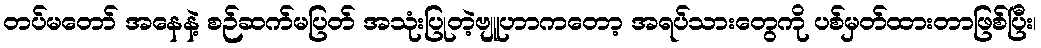
တပ်မတော် အနေနဲ့ စဉ်ဆက်မပြတ် အသုံးပြုတဲ့ဗျူဟာကတော့ အရပ်သားတွေကို ပစ်မှတ်ထားတာဖြစ်ပြီး၊